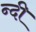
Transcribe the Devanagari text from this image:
न्दी